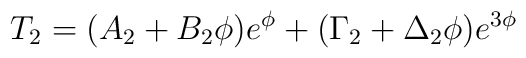
T_2=(A_2+ B_2 \phi)e^\phi          +(\Gamma_2 +\Delta_2 \phi)e^{3\phi}